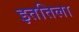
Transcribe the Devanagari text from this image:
इततिला